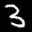
Label: 3